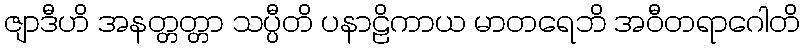
ဇျာဒီဟိ အနတ္တတ္တာ သပ္ပီတိ ပနာဠိကာယ မာတရေဘိ အဝီတရာဂေါတိ